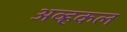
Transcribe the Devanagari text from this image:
अव्हकल